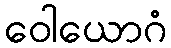
ဝေါယောဂံ